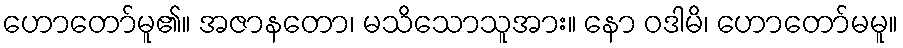
ဟောတော်မူ၏။ အဇာနတော၊ မသိသောသူအား။ နော ဝဒါမိ၊ ဟောတော်မမူ။